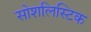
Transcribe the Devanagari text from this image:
सोशलिस्टिक